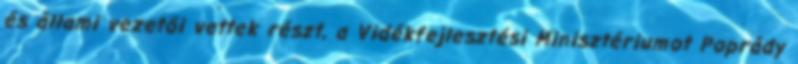
és állami vezetői vettek részt, a Vidékfejlesztési Minisztériumot Poprády